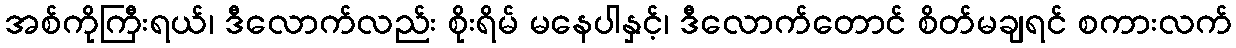
အစ်ကိုကြီးရယ်၊ ဒီလောက်လည်း စိုးရိမ် မနေပါနှင့်၊ ဒီလောက်တောင် စိတ်မချရင် စကားလက်